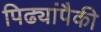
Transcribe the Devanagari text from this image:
पिढ्यांपैकी